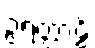
ဥရတ္တာဠိံ